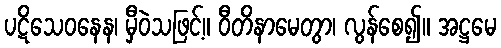
ပဋိသေဝနေန၊ မှီဝဲသဖြင့်။ ဝီတိနာမေတွာ၊ လွန်စေ၍။ အဋ္ဌမေ